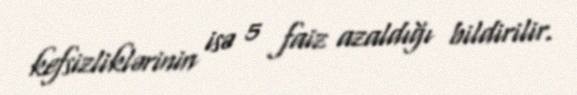
kefsizliklərinin isə 5 faiz azaldığı bildirilir.